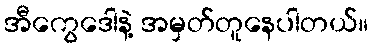
အီကွေဒေါနဲ့ အမှတ်တူနေပါတယ်။